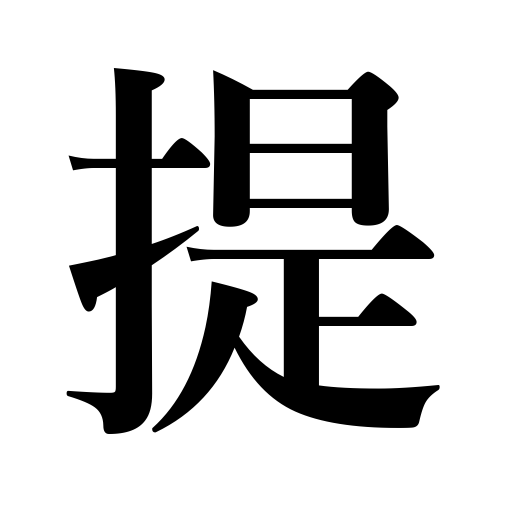
Meanings: take along,carry in the hand